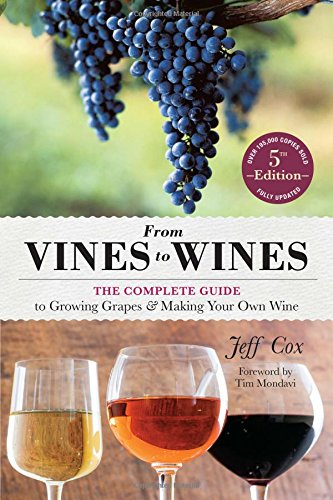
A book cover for From Vines to Wines, 5th Edition: The Complete Guide to Growing Grapes and Making Your Own Wine; Jeff Cox; Cookbooks, Food & Wine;